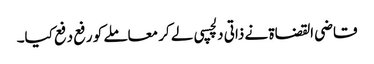
قاضی القضاۃ نے ذاتی دلچسپی لے کر معاملے کو رفع دفع کیا۔